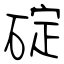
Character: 碇